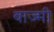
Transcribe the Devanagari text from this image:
बाज्मी